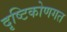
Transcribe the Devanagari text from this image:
दृष्टिकोणगत